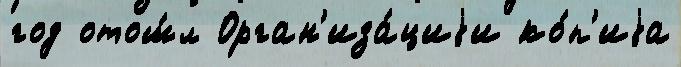
год отош́л Орган'иза́циjи ко́п'иjа